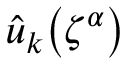
\hat { u } _ { k } \mathopen { } \mathclose \bgroup \left( \zeta ^ { \alpha } \aftergroup \egroup \right)